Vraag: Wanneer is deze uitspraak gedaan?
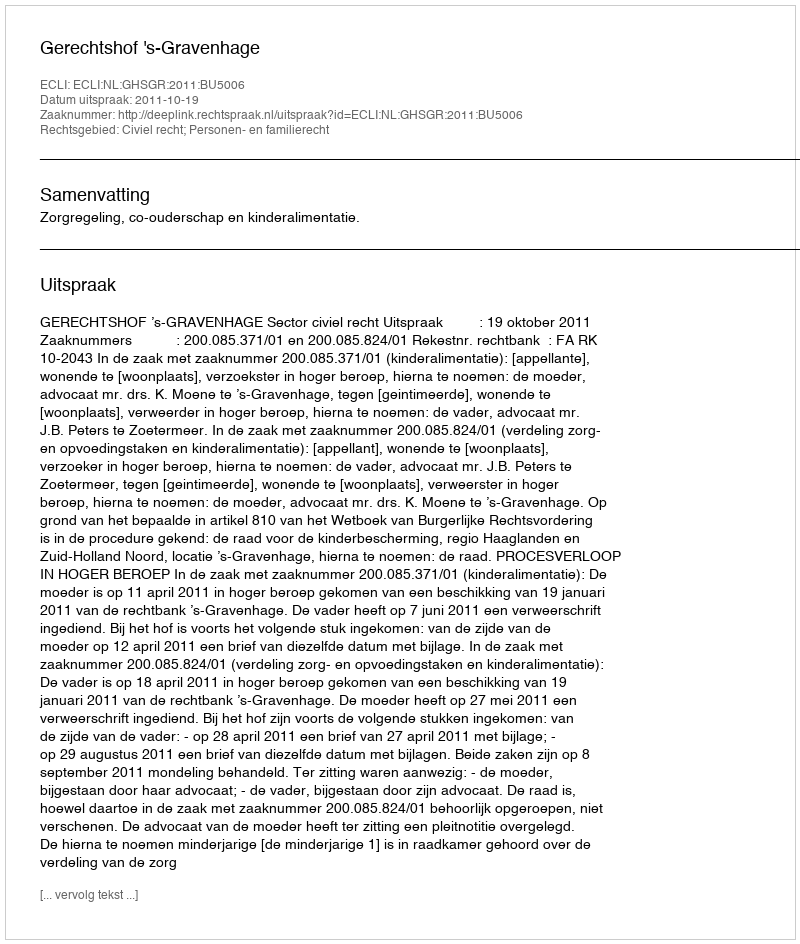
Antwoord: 2011-10-19